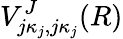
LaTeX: V_{j\kappa_{j},j\kappa_{j}}^{J}(R)